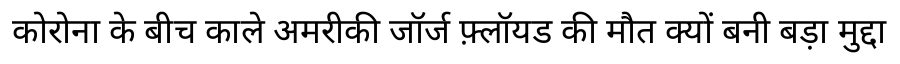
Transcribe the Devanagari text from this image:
कोरोना के बीच काले अमरीकी जॉर्ज फ़्लॉयड की मौत क्यों बनी बड़ा मुद्दा